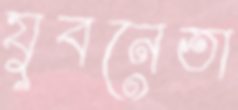
যুবনেতা